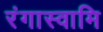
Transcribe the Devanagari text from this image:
रंगास्वामि